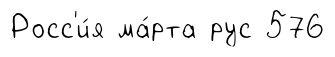
Росс'и́я ма́рта рус 576